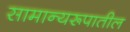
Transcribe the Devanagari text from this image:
सामान्यरूपातील